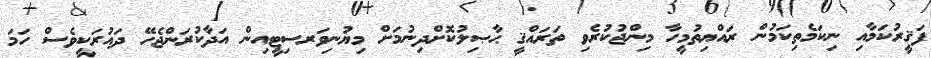
ފަޤީރުކަމާއި ނިކަމެތިކަމުން ރައްޔިތުމީހާ މިންޖުކުރެވި ތަރައްޤީ ޙާޞިލުކޮށްދިނުމަށް މިޔުނިވަރސިޓީއިން އަދާކުރަންޖެހޭ ދައުރަކީވެސް ހަމަ